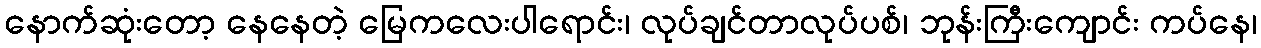
နောက်ဆုံးတော့ နေနေတဲ့ မြေကလေးပါရောင်း၊ လုပ်ချင်တာလုပ်ပစ်၊ ဘုန်းကြီးကျောင်း ကပ်နေ၊